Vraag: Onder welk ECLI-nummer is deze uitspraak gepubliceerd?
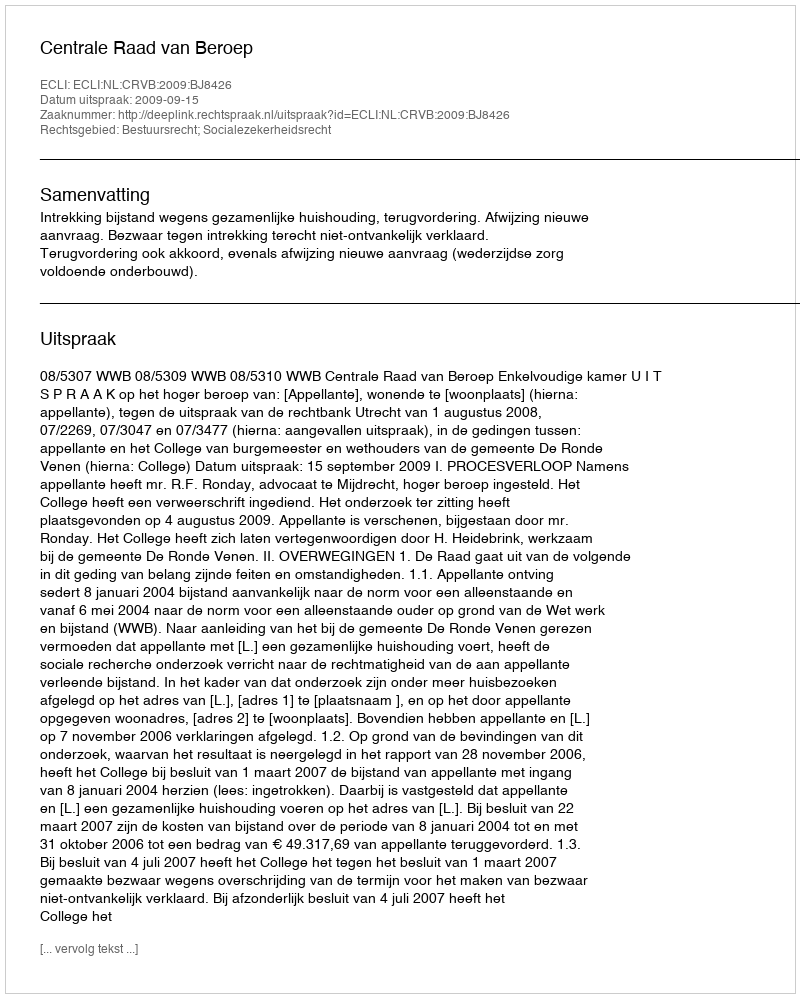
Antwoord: ECLI:NL:CRVB:2009:BJ8426